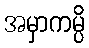
အမှာကမ္ပိ